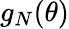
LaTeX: g_{N}(\theta)